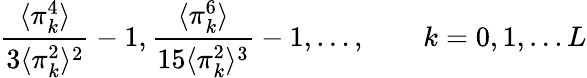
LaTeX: {\frac{\langle\pi_{k}^{4}\rangle}{3\langle\pi_{k}^{2}\rangle^{2}}}-1,{\frac{\langle\pi_{k}^{6}\rangle}{15\langle\pi_{k}^{2}\rangle^{3}}}-1,\ldots,\qquad k=0,1,\ldots L